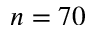
n = 7 0